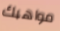
مواهبك